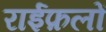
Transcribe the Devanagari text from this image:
राईफ़लों